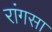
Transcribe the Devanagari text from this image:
रांगसा